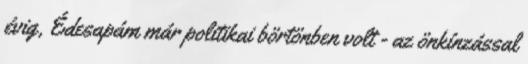
évig, Édesapám már politikai börtönben volt - az önkínzással